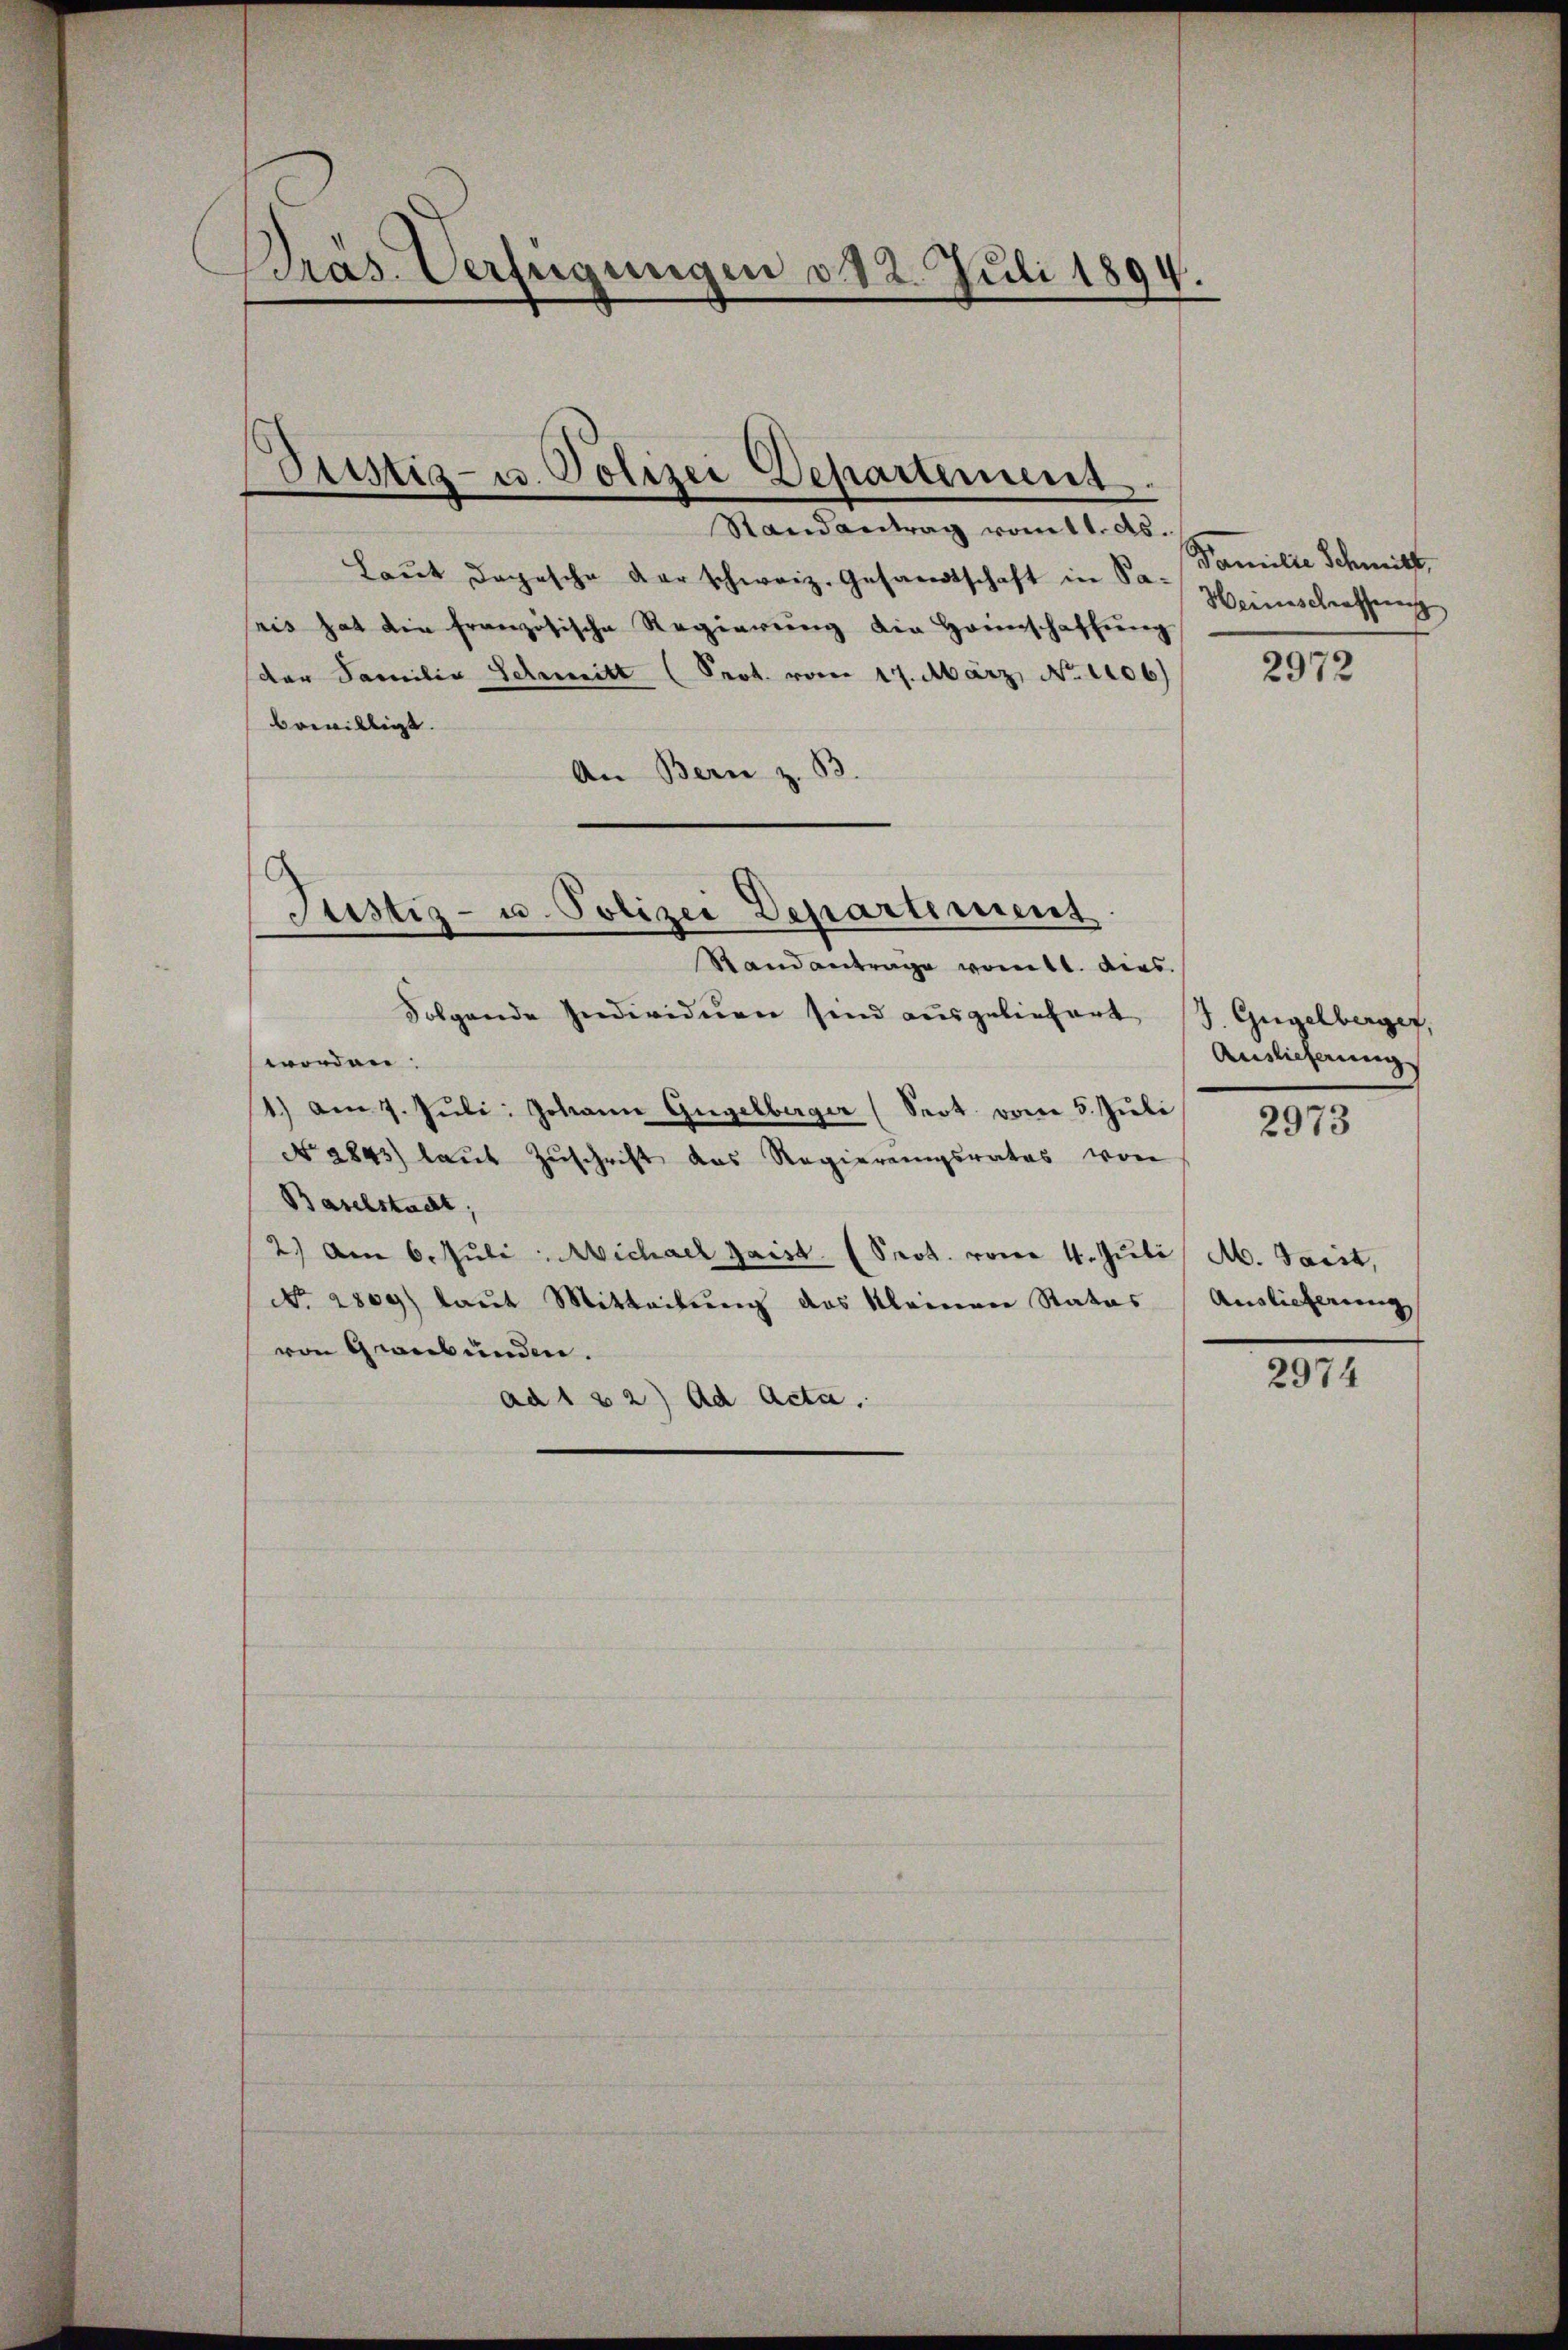
Präs. Verfügungen 312. Juli 1894.

Pustiz- u. Polizei Departement.
Randantrag vom 11. ds.

Laŭt dochische der schweiz. Gesandtschaft in Sa- Familie Schmitt
seis hat die französische Regierŭng die Heimschaffŭng
der Familie Schritt (Prot. vom 17. März. No 1106)
bewilligt
An Bern z. B
Folgende Individuen sind ausgeliefert J. Gugelberger,
worden:
1.) Am 7. Juli: Johann Gugelberger (Seot vom 5. Juli
No. 2843) laŭt Zŭschrift das Regierungsrates von
Baselstadt,
2) Am 6. Juli Michael Jaist (Prot. von 4. Juli A. Tacit,
No. 2809) laut Mitteilung des kleinen Rates Auslieferung
von Graubünden.
ad 1 32) ad Acta.

Justiz- u. Polizei Departement
Randantrage vom 11. dies

Heineschraffung

2972

Auslicherung
2973

2974